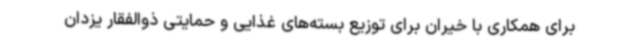
برای همکاری با خیران برای توزیع بسته‌های غذایی و حمایتی ذوالفقار یزدان